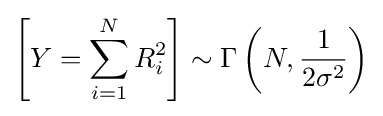
\left[Y=\sum _{i=1}^{N}R_{i}^{2}\right]\sim \Gamma \left(N,{\frac {1}{2\sigma ^{2}}}\right)